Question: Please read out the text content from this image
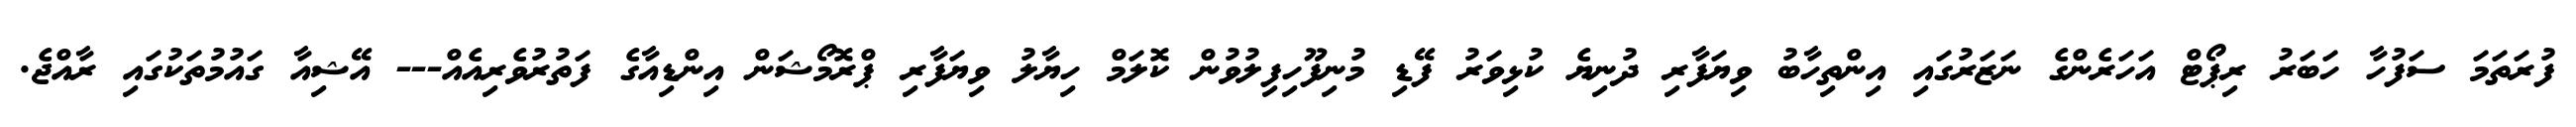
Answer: ފުރަތަމަ ސަފުހާ ހަބަރު ރިޕޯޓް އަހަރެންގެ ނަޒަރުގައި އިންތިހާބު ވިޔަފާރި ދުނިޔެ ކުޅިވަރު ފޭޑި މުނިފޫހިފިލުވުން ކޮލަމް ހިޔާލު ވިޔަފާރި ޕްރޮމޯޝަން އިންޑިއާގެ ފަތުރުވެރިއެއް--- އޭޝިއާ ގައުމުތަކުގައި ރާއްޖެ.